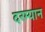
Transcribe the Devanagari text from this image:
दरम्‍यान